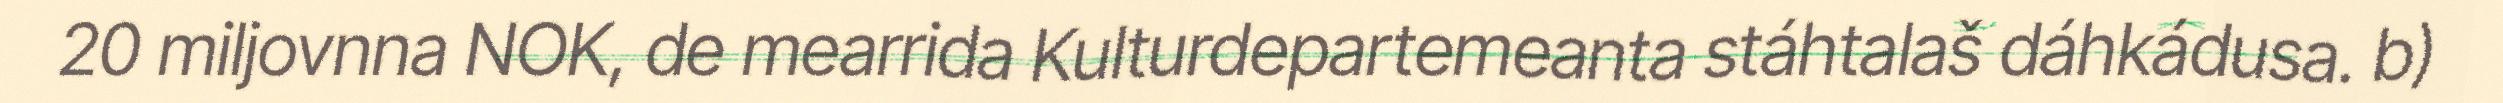
20 miljovnna NOK, de mearrida Kulturdepartemeanta stáhtalaš dáhkádusa. b)